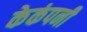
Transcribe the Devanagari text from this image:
केकंपनी